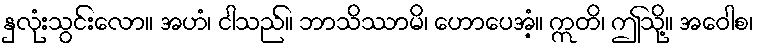
နှလုံးသွင်းလော။ အဟံ၊ ငါသည်။ ဘာသိဿာမိ၊ ဟောပေအံ့။ ဣတိ၊ ဤသို့။ အဝေါစ၊